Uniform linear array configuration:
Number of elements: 64
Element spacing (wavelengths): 1
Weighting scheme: hann
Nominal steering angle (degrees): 0
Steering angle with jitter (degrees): -0.408
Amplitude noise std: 0.05
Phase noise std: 0.05

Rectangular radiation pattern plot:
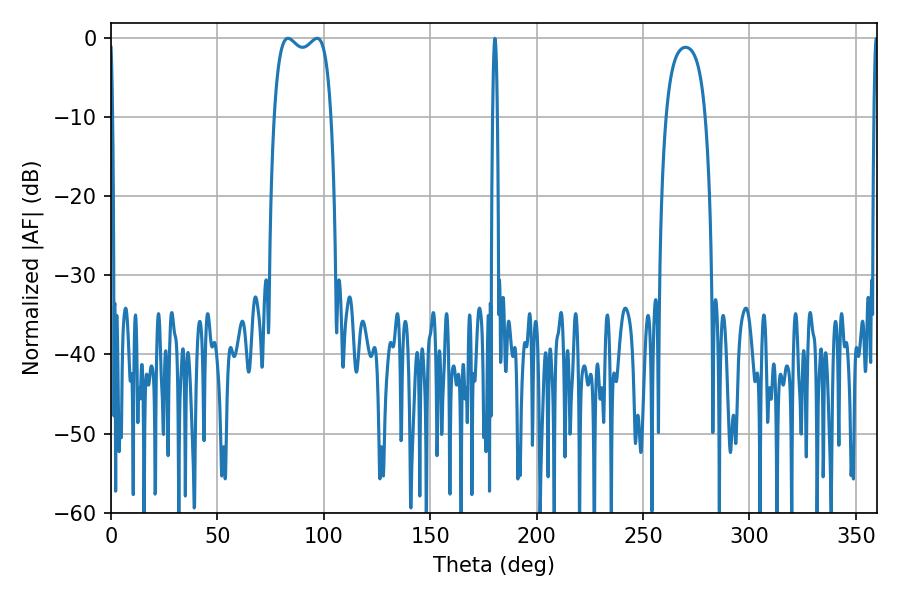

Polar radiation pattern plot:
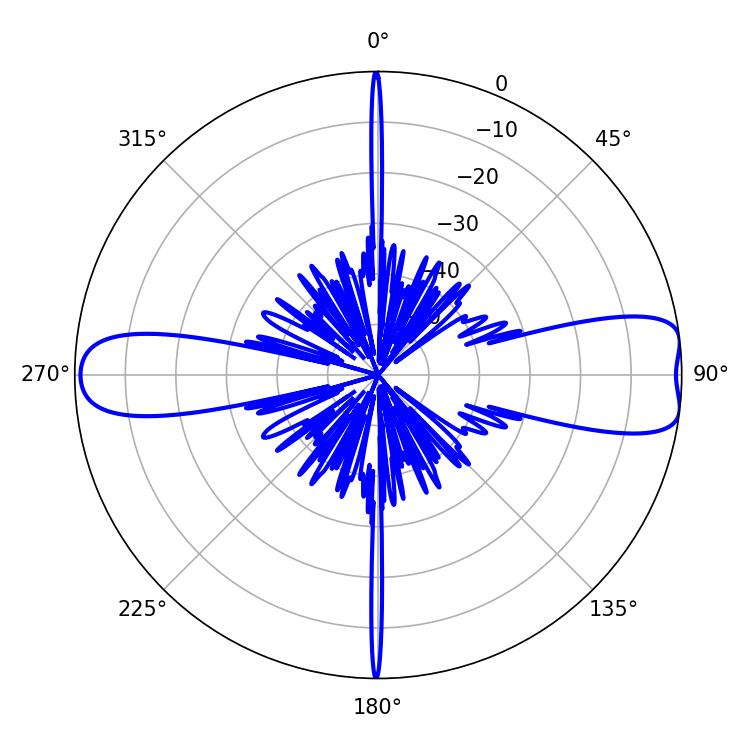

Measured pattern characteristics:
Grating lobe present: TRUE
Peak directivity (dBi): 10.368
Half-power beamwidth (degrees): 21.96
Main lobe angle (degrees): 83.16